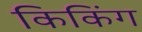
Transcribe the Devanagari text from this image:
किकिंग